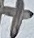
Text: +